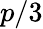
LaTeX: p/3